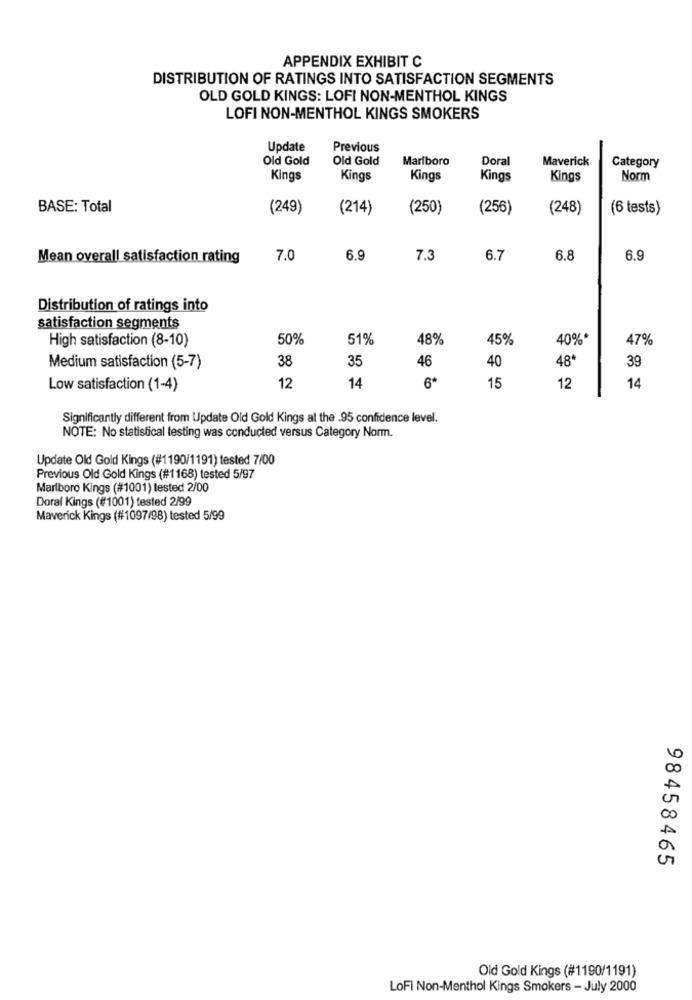
APPENDIX EXHIBIT C
DISTRIBUTION OF RATINGS INTO SATISFACTION SEGMENTS
OLD GOLD KINGS: LOFI NON-MENTHOL KINGS
LOFI NON-MENTHOL KINGS SMOKERS
Update
Previous
Old Gold
Old Gold
Marlboro
Doral
Maverick
Category
Kings
Kings
Kings
Kings
Kings
Norm
BASE: Total
(249)
(214)
(250)
(256)
(248)
(6 tests)
Mean overall satisfaction rating
7.0
6.9
7.3
6.7
6.8
6.9
Distribution of ratings into
satisfaction segments
High satisfaction (8-10)
50%
51%
48%
45%
40%*
47%
38
35
46
Medium satisfaction (5-7)
40
48*
39
14
6*
Low satisfaction (1-4)
12
15
12
14
Significantly different from Update Old Gold Kings at the .95 confidence level.
NOTE: No statistical testing was conducted versus Category Norm.
Update Old Gold Kings (#1190/1191) tested 7/00
Previous Old Gold Kings (#1168) tested 5/97
Marlboro Kings (#1001) tested 2/00
Doral Kings (#1001) tested 2/99
Maverick Kings (#1097/98) tested 5/99
98458465
Old Gold Kings (#1190/1191)
LoFi Non-Menthol Kings Smokers - July 2000